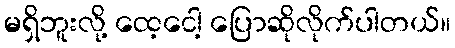
မရှိဘူးလို့ ထေ့ငေါ့ ပြောဆိုလိုက်ပါတယ်။